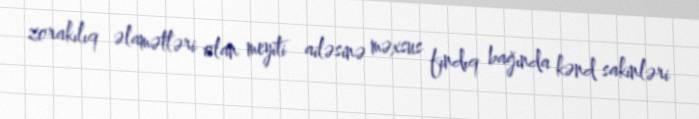
zorakılıq əlamətləri olan meyiti ailəsinə məxsus fındıq bağında kənd sakinləri